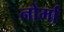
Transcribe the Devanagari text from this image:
नोर्मा